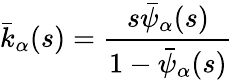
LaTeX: {\bar{k}}_{\alpha}(s)={\frac{s{\bar{\psi}}_{\alpha}(s)}{1-{\bar{\psi}}_{\alpha}(s)}}